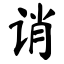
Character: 诮